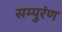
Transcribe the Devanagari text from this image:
सम्पुरंण